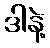
ဒါနဲ့